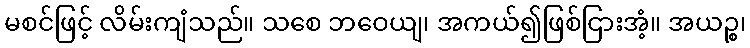
မစင်ဖြင့် လိမ်းကျံသည်။ သစေ ဘဝေယျ၊ အကယ်၍ဖြစ်ငြားအံ့။ အယဉ္စ၊